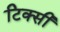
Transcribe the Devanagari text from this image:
टिक्सी